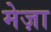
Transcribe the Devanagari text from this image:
मेज़ा